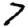
Digit: 7